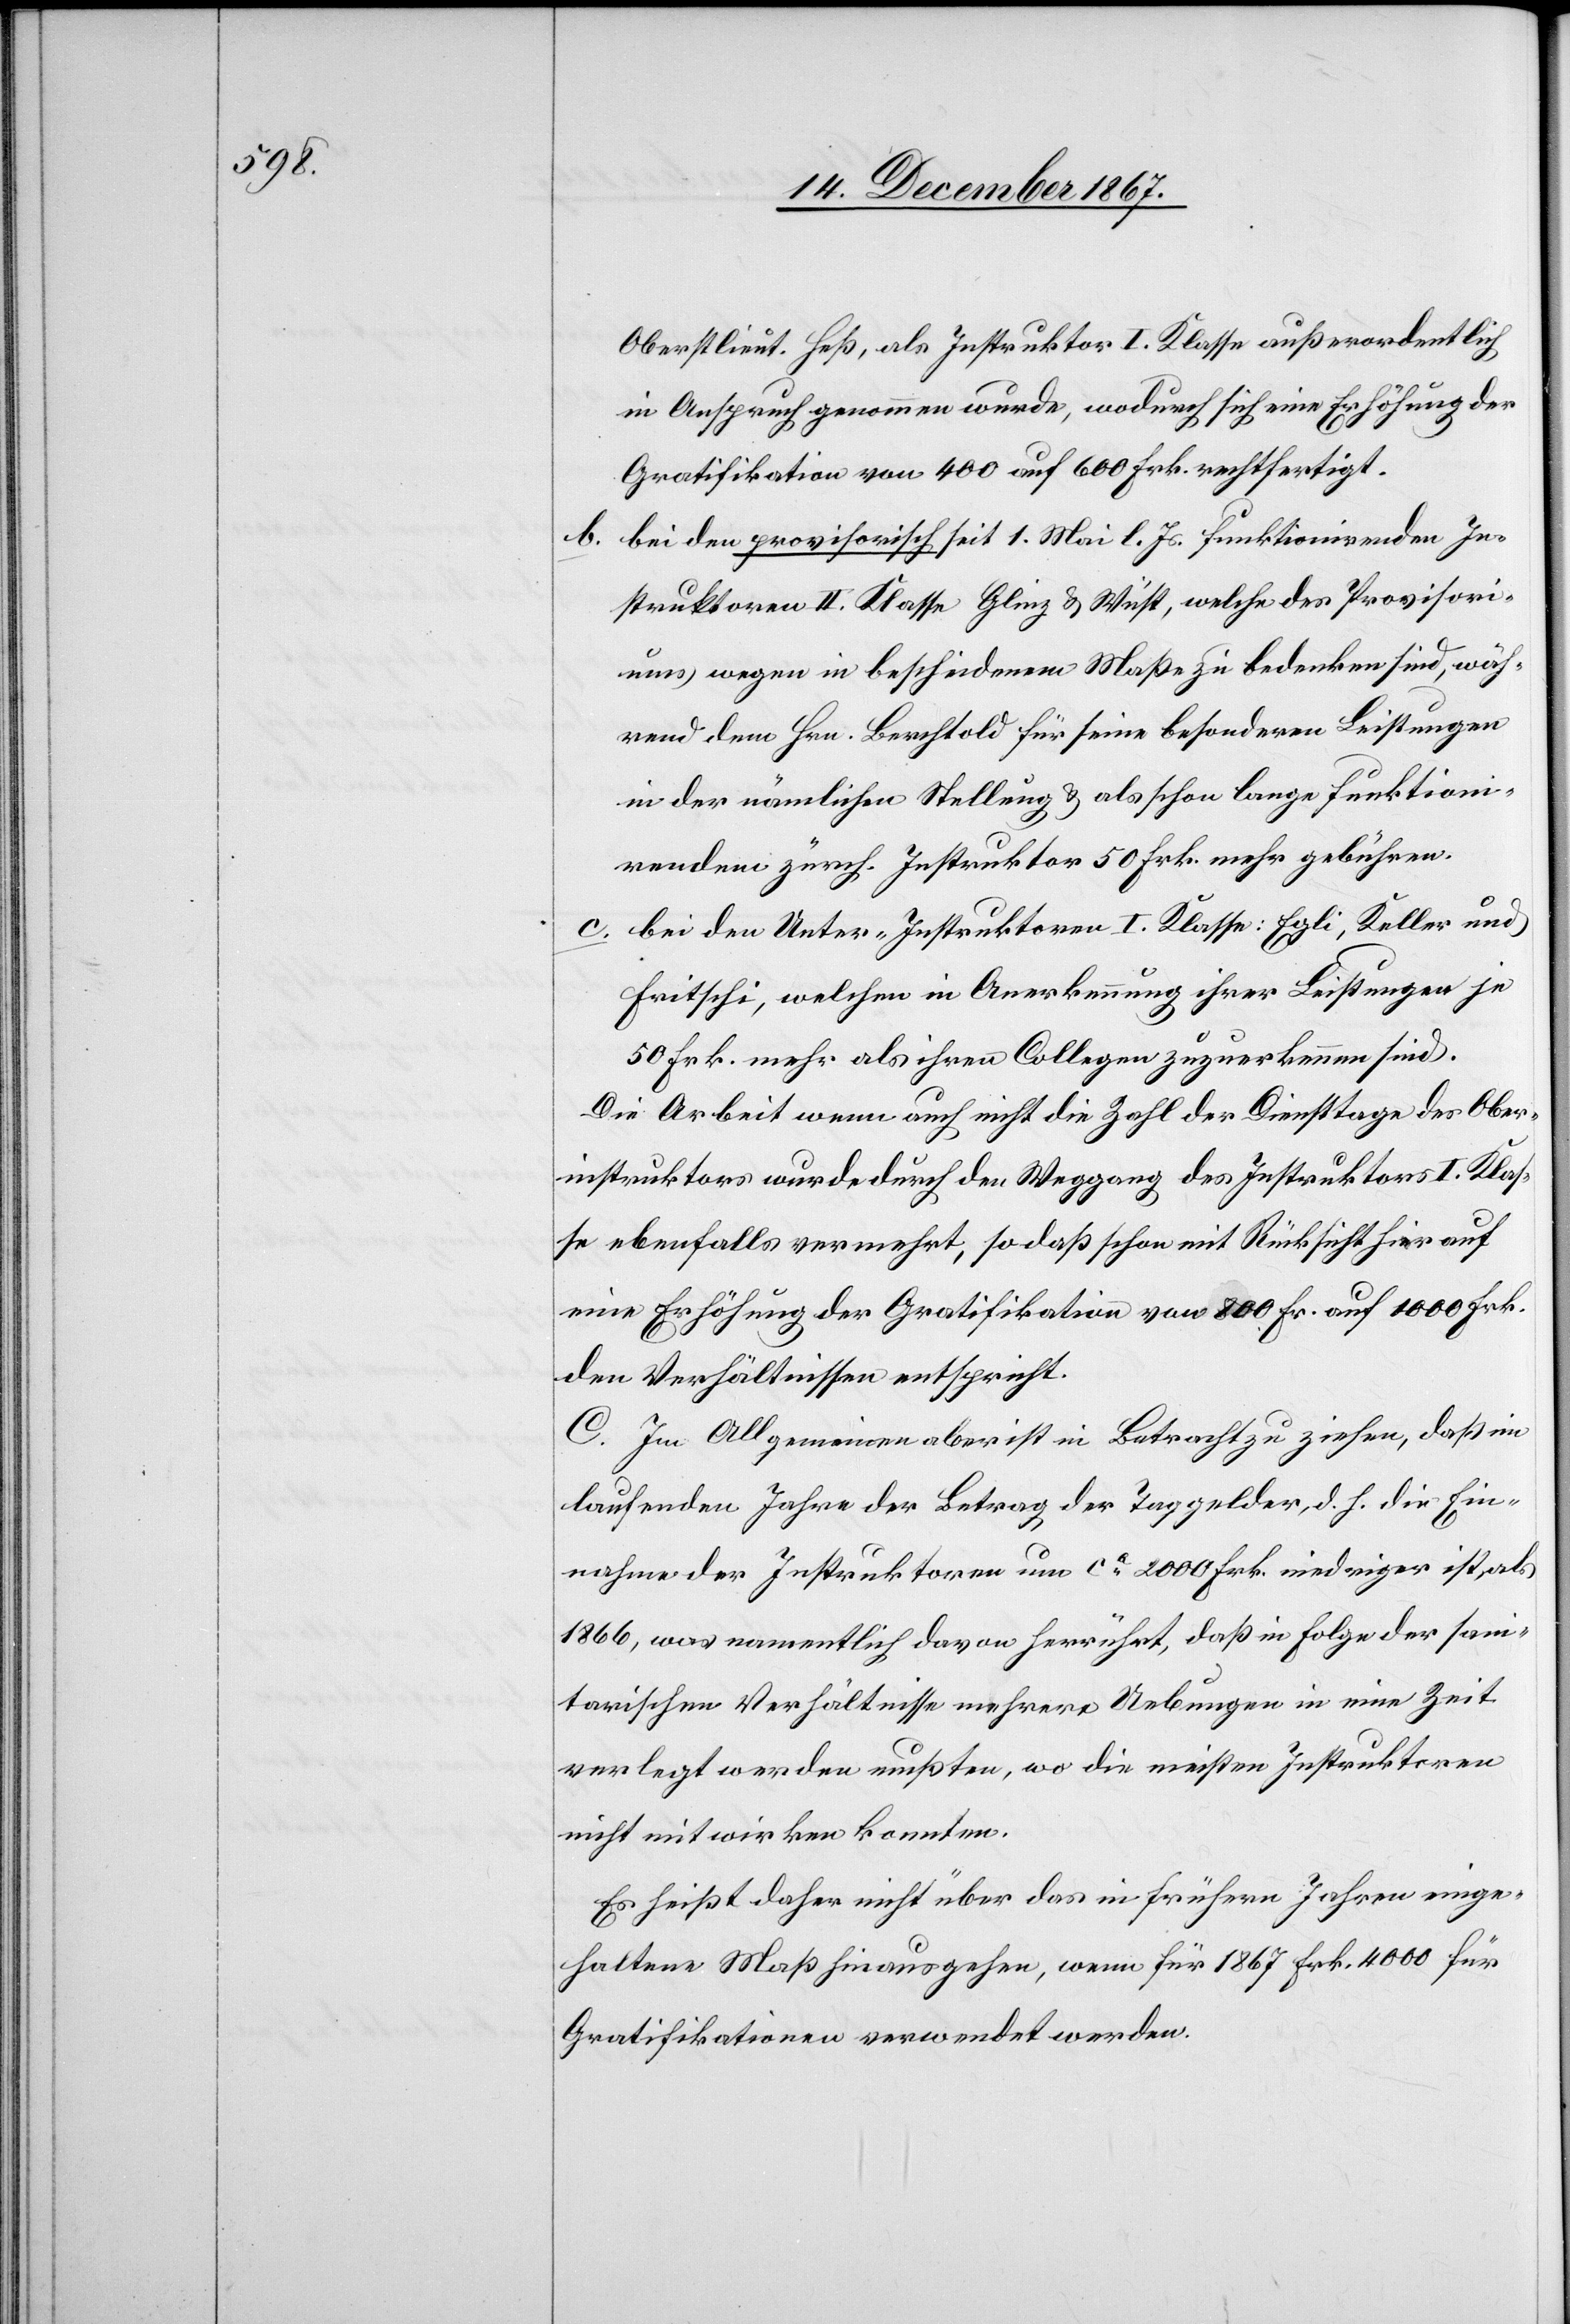
b.

Oberstlieut. Heß, als Instruktor I. Klasse außerordentlich
in Anspruch genommen wurde, wodurch sich eine Erhöhung der
Gratifikation von 400 auf 600 Frk. rechtfertigt.
bei den provisorisch seit 1. Mai l. Js. funktionirenden In¬
struktoren II. Klasse Glinz u. Wüst, welche des Provisori¬
ums wegen in bescheidenem Maße zu bedenken sind, wäh¬
rend dem Hrn. Berchtold für seine besondern Leistungen
in der nämlichen Stellung u. als schon lange funktioni¬
renden zürch. Instruktor 50 Frk. mehr gebühren.
c. bei den Unter-Instruktoren I. Klasse: Egli, Keller und
Fritschi, welchen in Anerkennung ihrer Leistungen je
50 Frk. mehr als ihren Collegen zuzuerkennen sind.
Die Arbeit wenn auch nicht die Zahl der Diensttage des Ober¬
instruktors wurde durch den Weggang des Instruktors I. Klas¬
se ebenfalls vermehrt, so daß schon mit Rücksicht hierauf
eine Erhöhung der Gratifikation von 800 Frk. auf 1000 Frk.
den Verhältnissen entspricht.
C. Im Allgemeinen aber ist in Betracht zu ziehen, daß im
laufenden Jahre der Betrag der Taggelder, d. h. die Ein¬
nahme der Instruktoren um ca 2000 Frk. niedriger ist, als
1866, was namentlich davon herrührt, daß in Folge der sani¬
tarischen Verhältnisse mehrere Uebungen in eine Zeit
verlegt werden mußten, wo die meisten Instruktoren
nicht mitwirken konnten.
Es heißt daher nicht über das in frühern Jahren einge¬
haltene Maß hinausgehen, wenn für 1867 Frk. 4000 für
Gratifikationen verwendet werden.